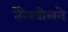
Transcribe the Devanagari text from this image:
तेरेखोलने